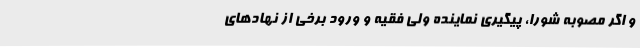
و اگر مصوبه شورا، پیگیری نماینده ولی فقیه و ورود برخی از نهادهای